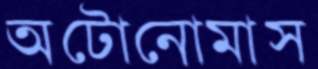
অটোনোমাস